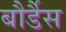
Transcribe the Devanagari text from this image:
बौर्डैस